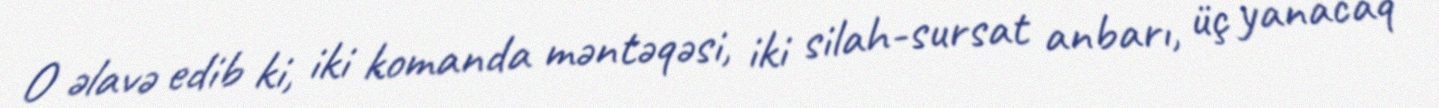
O əlavə edib ki, iki komanda məntəqəsi, iki silah-sursat anbarı, üç yanacaq